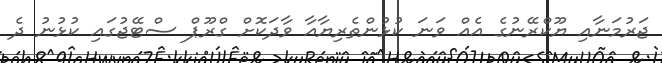
ޖަރުމަނާއި ޔޫކްރޭނުގެ އެއް ވަނަ ކުޅުންތެރިޔާއާ ވާދަކޮށް ގްރޫޕް ސްޓޭޖުގައި ކުޅުނު ދެ